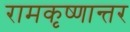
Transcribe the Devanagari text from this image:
रामकृष्णान्तर